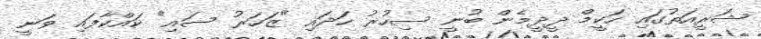
ޝަރީއަތުގައި ހަކީމް ދީދީމެން ބުނީ ސިހުރު ހަދައި "ޒަހަރު ސައި" ކައްކާފައި ވަނީ